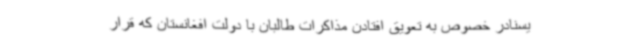
یسنادر خصوص به تعویق افتادن مذاکرات طالبان با دولت افغانستان که قرار